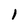
Character: 1